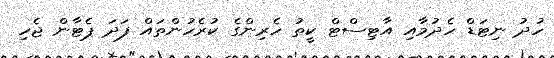
ހުދު ނިޓަޑް ހެދުމާއި އާޓިސްޓް ކީތު ހެރިންގެ ކުރެހުންތައް ފަދަ ޕެޓާން ޖެހި